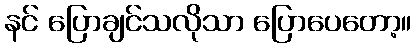
နင် ပြောချင်သလိုသာ ပြောပေတော့။